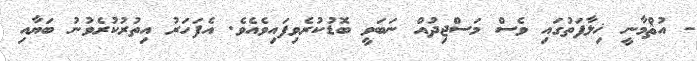
- އުޘްމާނީ ޚިލާފަތުގައި ވެސް މަސްޖިދުއް ނަބަވީ ބޮޑުކުރެވިފައިވެއެވެ. އެފަހަރު އިތުރުކުރެވުނު ބަޔާއި